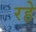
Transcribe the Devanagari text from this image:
रहेे